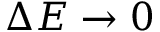
\Delta E \rightarrow 0